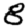
Digit: 8